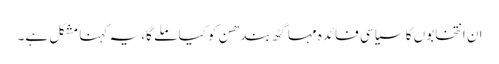
ان انتخابوں کا سیاسی فائدہ مہا گٹھ بندھن کو کیا ملے گا، یہ کہنا مشکل ہے۔